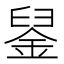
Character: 𨦴